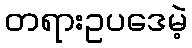
တရားဥပဒေမဲ့